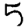
Digit: 5